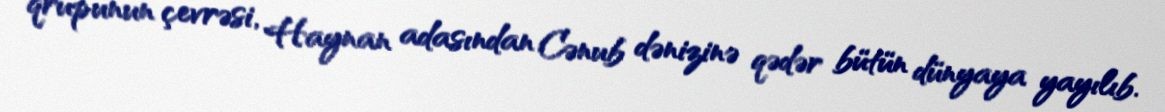
qrupunun çevrəsi, Haynan adasından Cənub dənizinə qədər bütün dünyaya yayılıb.